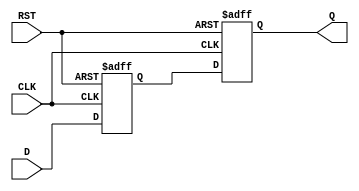
module master_slave_synchronizer (
    input wire D,           // Asynchronous input signal
    input wire CLK,         // Primary clock signal
    input wire RST,         // Asynchronous reset signal
    output reg Q           // Synchronized output signal
);

    reg Q_M;               // Output of the master flip-flop

    // Master Flip-Flop
    always @(posedge CLK or posedge RST) begin
        if (RST) begin
            Q_M <= 1'b0;   // Reset master flip-flop to 0
        end else begin
            Q_M <= D;      // Sample input D on rising edge of CLK
        end
    end

    // Slave Flip-Flop
    always @(posedge CLK or posedge RST) begin
        if (RST) begin
            Q <= 1'b0;     // Reset slave flip-flop to 0
        end else begin
            Q <= Q_M;      // Sample output of master flip-flop on rising edge of CLK
        end
    end

endmodule